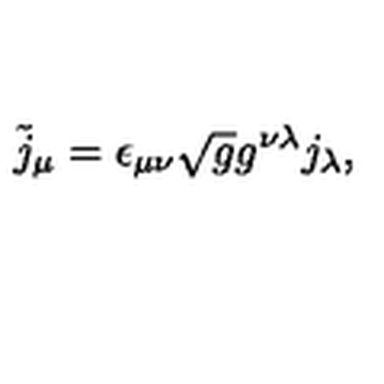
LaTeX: \tilde { j } _ { \mu } = \epsilon _ { \mu \nu } \sqrt { g } g ^ { \nu \lambda } j _ { \lambda } ,